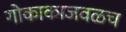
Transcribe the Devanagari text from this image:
गोकाकाजवळच